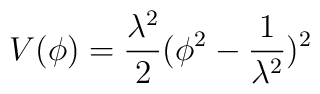
V(\phi)=\frac{\lambda^2}{2}(\phi^2-\frac{1}{\lambda^2})^2